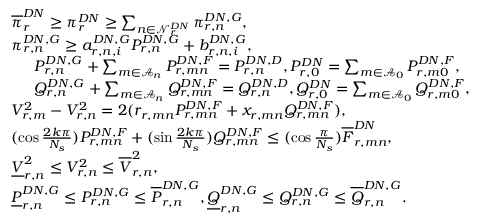
\begin{array} { r l } & { \overline { { \pi } } _ { r } ^ { D N } \ge \pi _ { r } ^ { D N } \ge \sum _ { n \in \mathcal { N } _ { r } ^ { D N } } \pi _ { r , n } ^ { D N , G } , } \\ & { \pi _ { r , n } ^ { D N , G } \ge a _ { r , n , i } ^ { D N , G } P _ { r , n } ^ { D N , G } + b _ { r , n , i } ^ { D N , G } , } \\ & { \begin{array} { r l } & { P _ { r , n } ^ { D N , G } + \sum _ { m \in \mathcal { A } _ { n } } P _ { r , m n } ^ { D N , F } = P _ { r , n } ^ { D N , D } , P _ { r , 0 } ^ { D N } = \sum _ { m \in \mathcal { A } _ { 0 } } P _ { r , m 0 } ^ { D N , F } , } \\ & { Q _ { r , n } ^ { D N , G } + \sum _ { m \in \mathcal { A } _ { n } } Q _ { r , m n } ^ { D N , F } = Q _ { r , n } ^ { D N , D } , Q _ { r , 0 } ^ { D N } = \sum _ { m \in \mathcal { A } _ { 0 } } Q _ { r , m 0 } ^ { D N , F } , } \end{array} } \\ & { V _ { r , m } ^ { 2 } - V _ { r , n } ^ { 2 } = 2 ( r _ { r , m n } P _ { r , m n } ^ { D N , F } + x _ { r , m n } Q _ { r , m n } ^ { D N , F } ) , } \\ & { ( \cos \frac { 2 k \pi } { N _ { s } } ) P _ { r , m n } ^ { D N , F } + ( \sin \frac { 2 k \pi } { N _ { s } } ) Q _ { r , m n } ^ { D N , F } \leq ( \cos \frac { \pi } { N _ { s } } ) \overline { { F } } _ { r , m n } ^ { D N } , } \\ & { \underline { { V } } _ { r , n } ^ { 2 } \leq V _ { r , n } ^ { 2 } \leq \overline { { V } } _ { r , n } ^ { 2 } , } \\ & { \underline { { P } } _ { r , n } ^ { D N , G } \leq P _ { r , n } ^ { D N , G } \leq \overline { { P } } _ { r , n } ^ { D N , G } , \underline { { Q } } _ { r , n } ^ { D N , G } \leq Q _ { r , n } ^ { D N , G } \leq \overline { { Q } } _ { r , n } ^ { D N , G } . } \end{array}